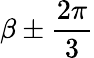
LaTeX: \beta\pm\frac{2\pi}{3}